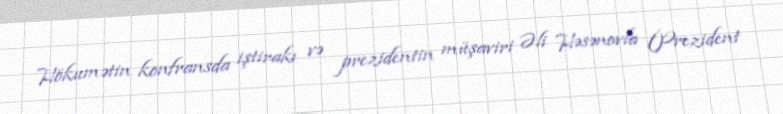
Hökumətin konfransda iştirakı və prezidentin müşaviri Əli Həsənovla (Prezident